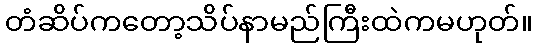
တံဆိပ်ကတော့သိပ်နာမည်ကြီးထဲကမဟုတ်။